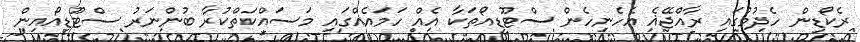
ރެކޯޑިން ހެދުމުގައި ރާއްޖޭޣެ އެހެނިހެން ސްޓޫޑިއޯތަކާ އެއް ހަމައެއްގައި މަސައްކަތްކުރާ ބުންނަރު ސްޓޫޑިއޯއިން